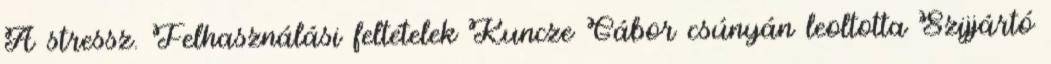
A stressz. Felhasználási feltételek Kuncze Gábor csúnyán leoltotta Szijjártó